Vabadussoja_Ajaloo_Komitee, lk 10
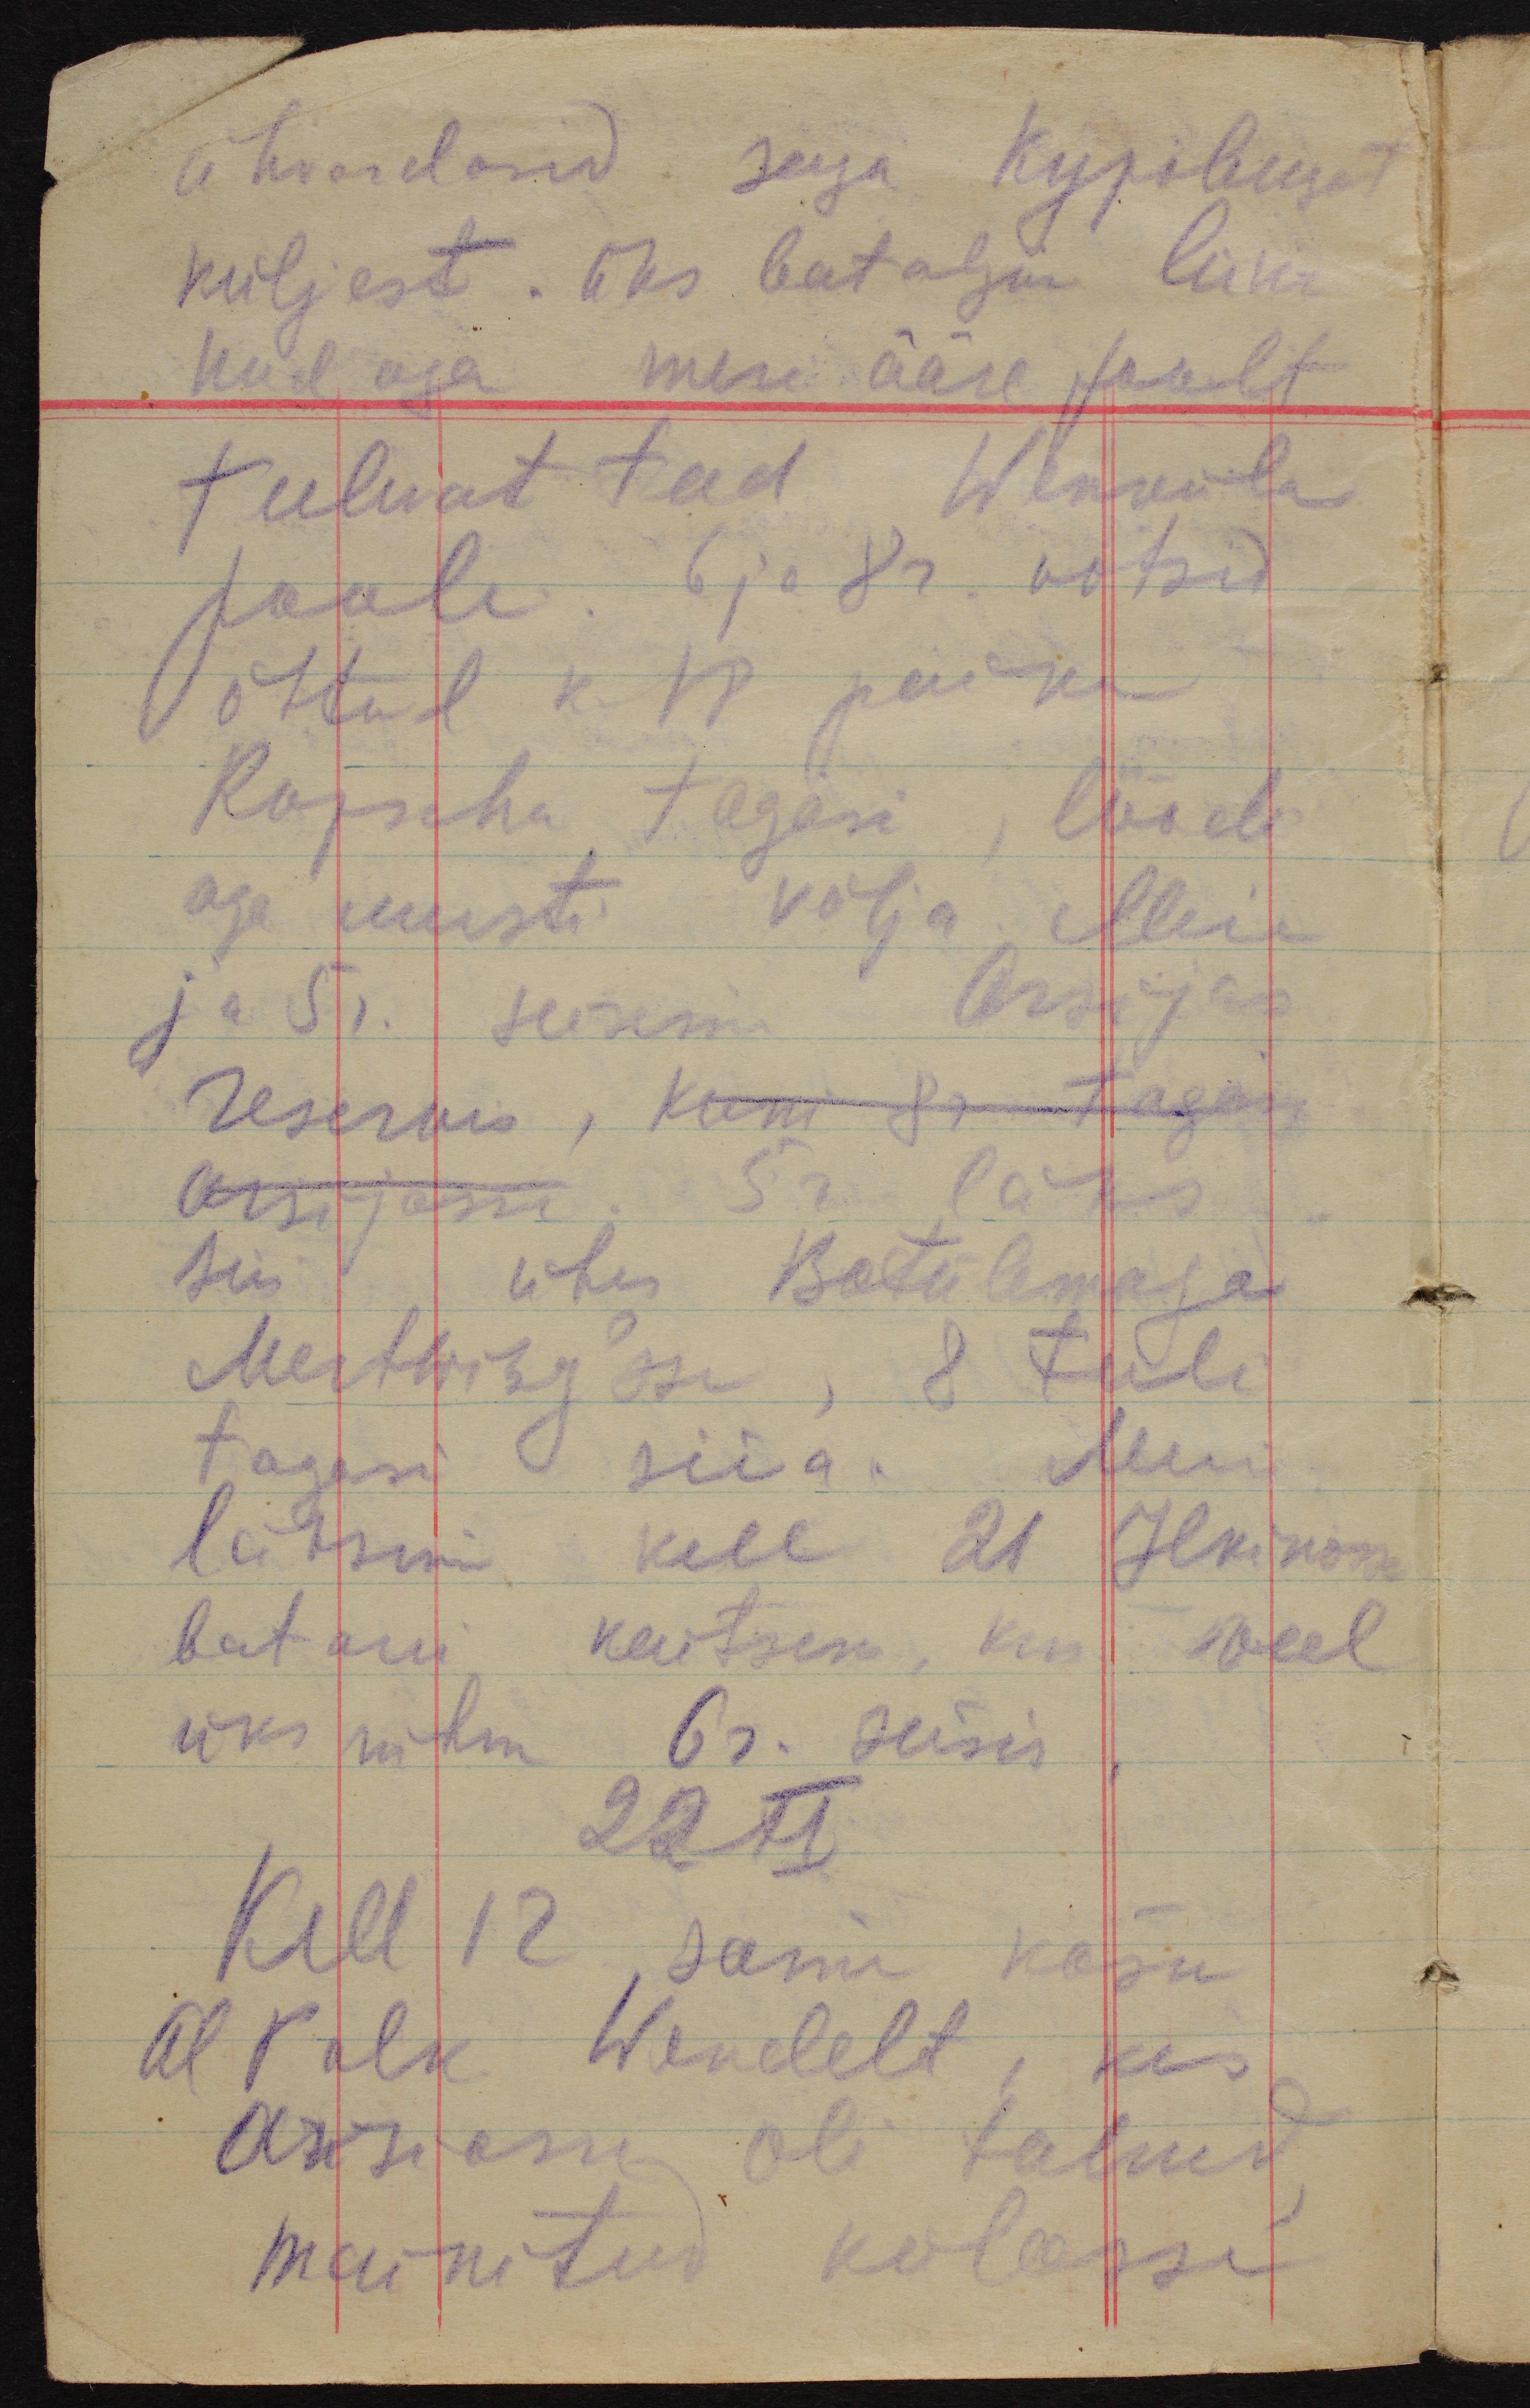
ähvardasid seega Куровеца
küljest. Üks bataljon liiku
nud aga mere ääre poolt
tulevat teed Wenküla
poole. 6 ja 8r. võtsid
õhtul k.18 paiku
Ropscha tagasi, löödi
aga uuesti välja. Meie
ja 5r. seisime Arsijas
reservis, kuni 8r tagasi
Arsijasse. 5r. läks
siis ühes Batülemaga
Mertwizg´sse, 8 tuli
tagasi siia. Meie
läksime kell 21 Ilkinosse
batarei kaitsesse, kus weel
üks rühm 6r. seisis.
22 XI
Kell 12. saime käsu
Al Polk Wendelt, kes
Arsiasse oli tulnud
mainitud külasse